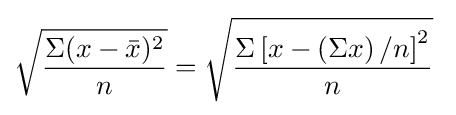
{\sqrt {\frac {\Sigma (x-{\bar {x}})^{2}}{n}}}={\sqrt {\frac {\Sigma \left[x-\left(\Sigma x\right)/n\right]^{2}}{n}}}\